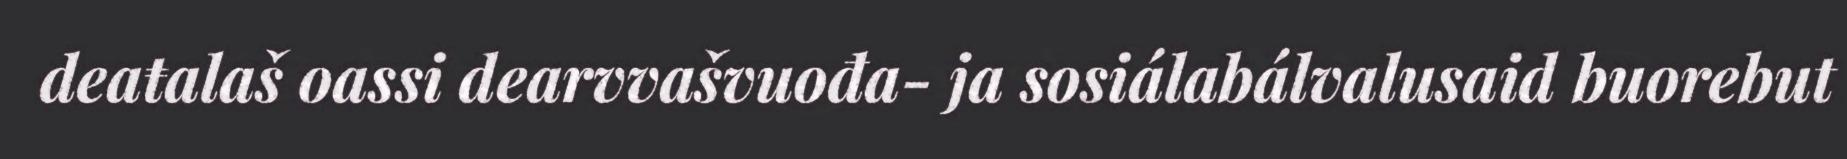
deaŧalaš oassi dearvvašvuođa- ja sosiálabálvalusaid buorebut